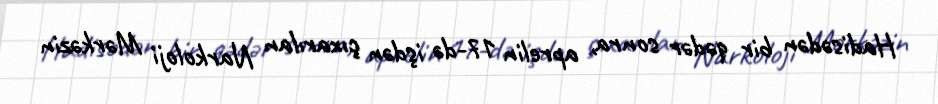
Hadisədən bir qədər sonra, aprelin 17-də işdən çıxarılan Narkoloji Mərkəzin